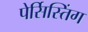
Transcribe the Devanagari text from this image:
पेर्सिस्तिंग